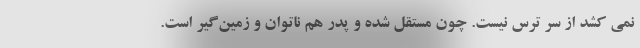
نمی کشد از سر ترس نیست. چون مستقل شده و پدر هم ناتوان و زمین‌گیر است.